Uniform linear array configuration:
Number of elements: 16
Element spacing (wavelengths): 1
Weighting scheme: cosine
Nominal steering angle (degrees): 0
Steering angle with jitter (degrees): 1.494
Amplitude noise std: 0.05
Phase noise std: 0.05

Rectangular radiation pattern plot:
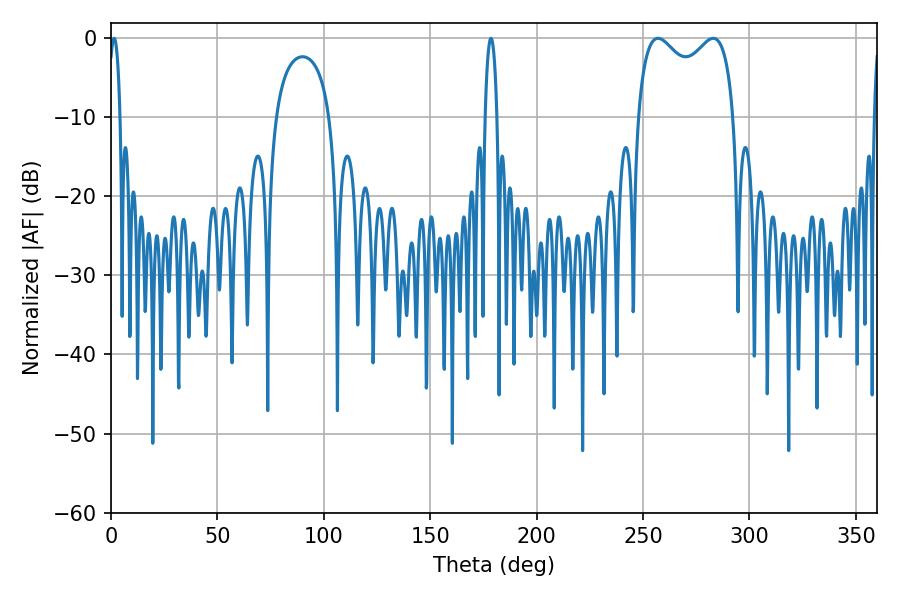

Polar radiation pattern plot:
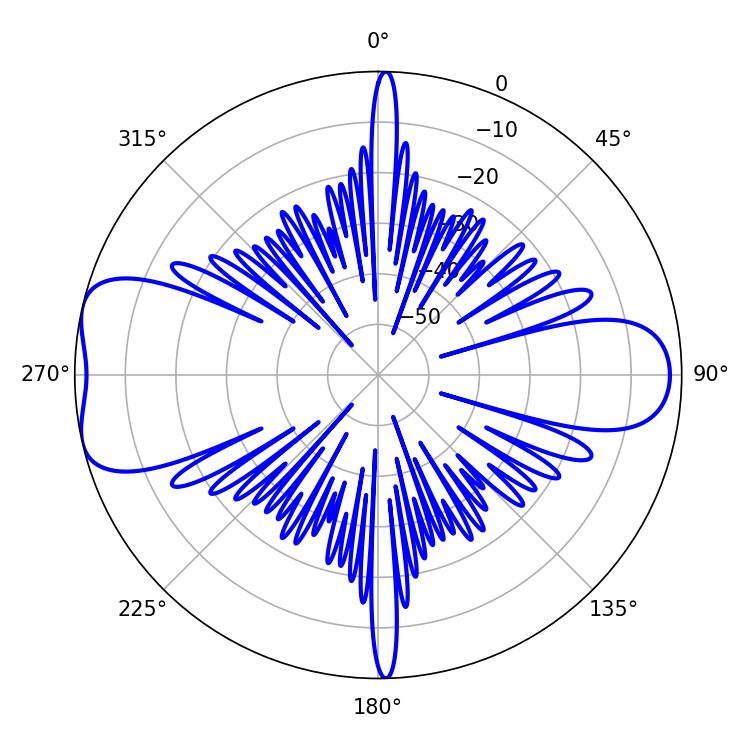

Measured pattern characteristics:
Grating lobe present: TRUE
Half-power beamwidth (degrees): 37.8
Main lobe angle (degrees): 257.04